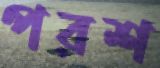
পরশ